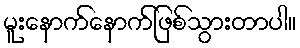
မူးနောက်နောက်ဖြစ်သွားတာပါ။